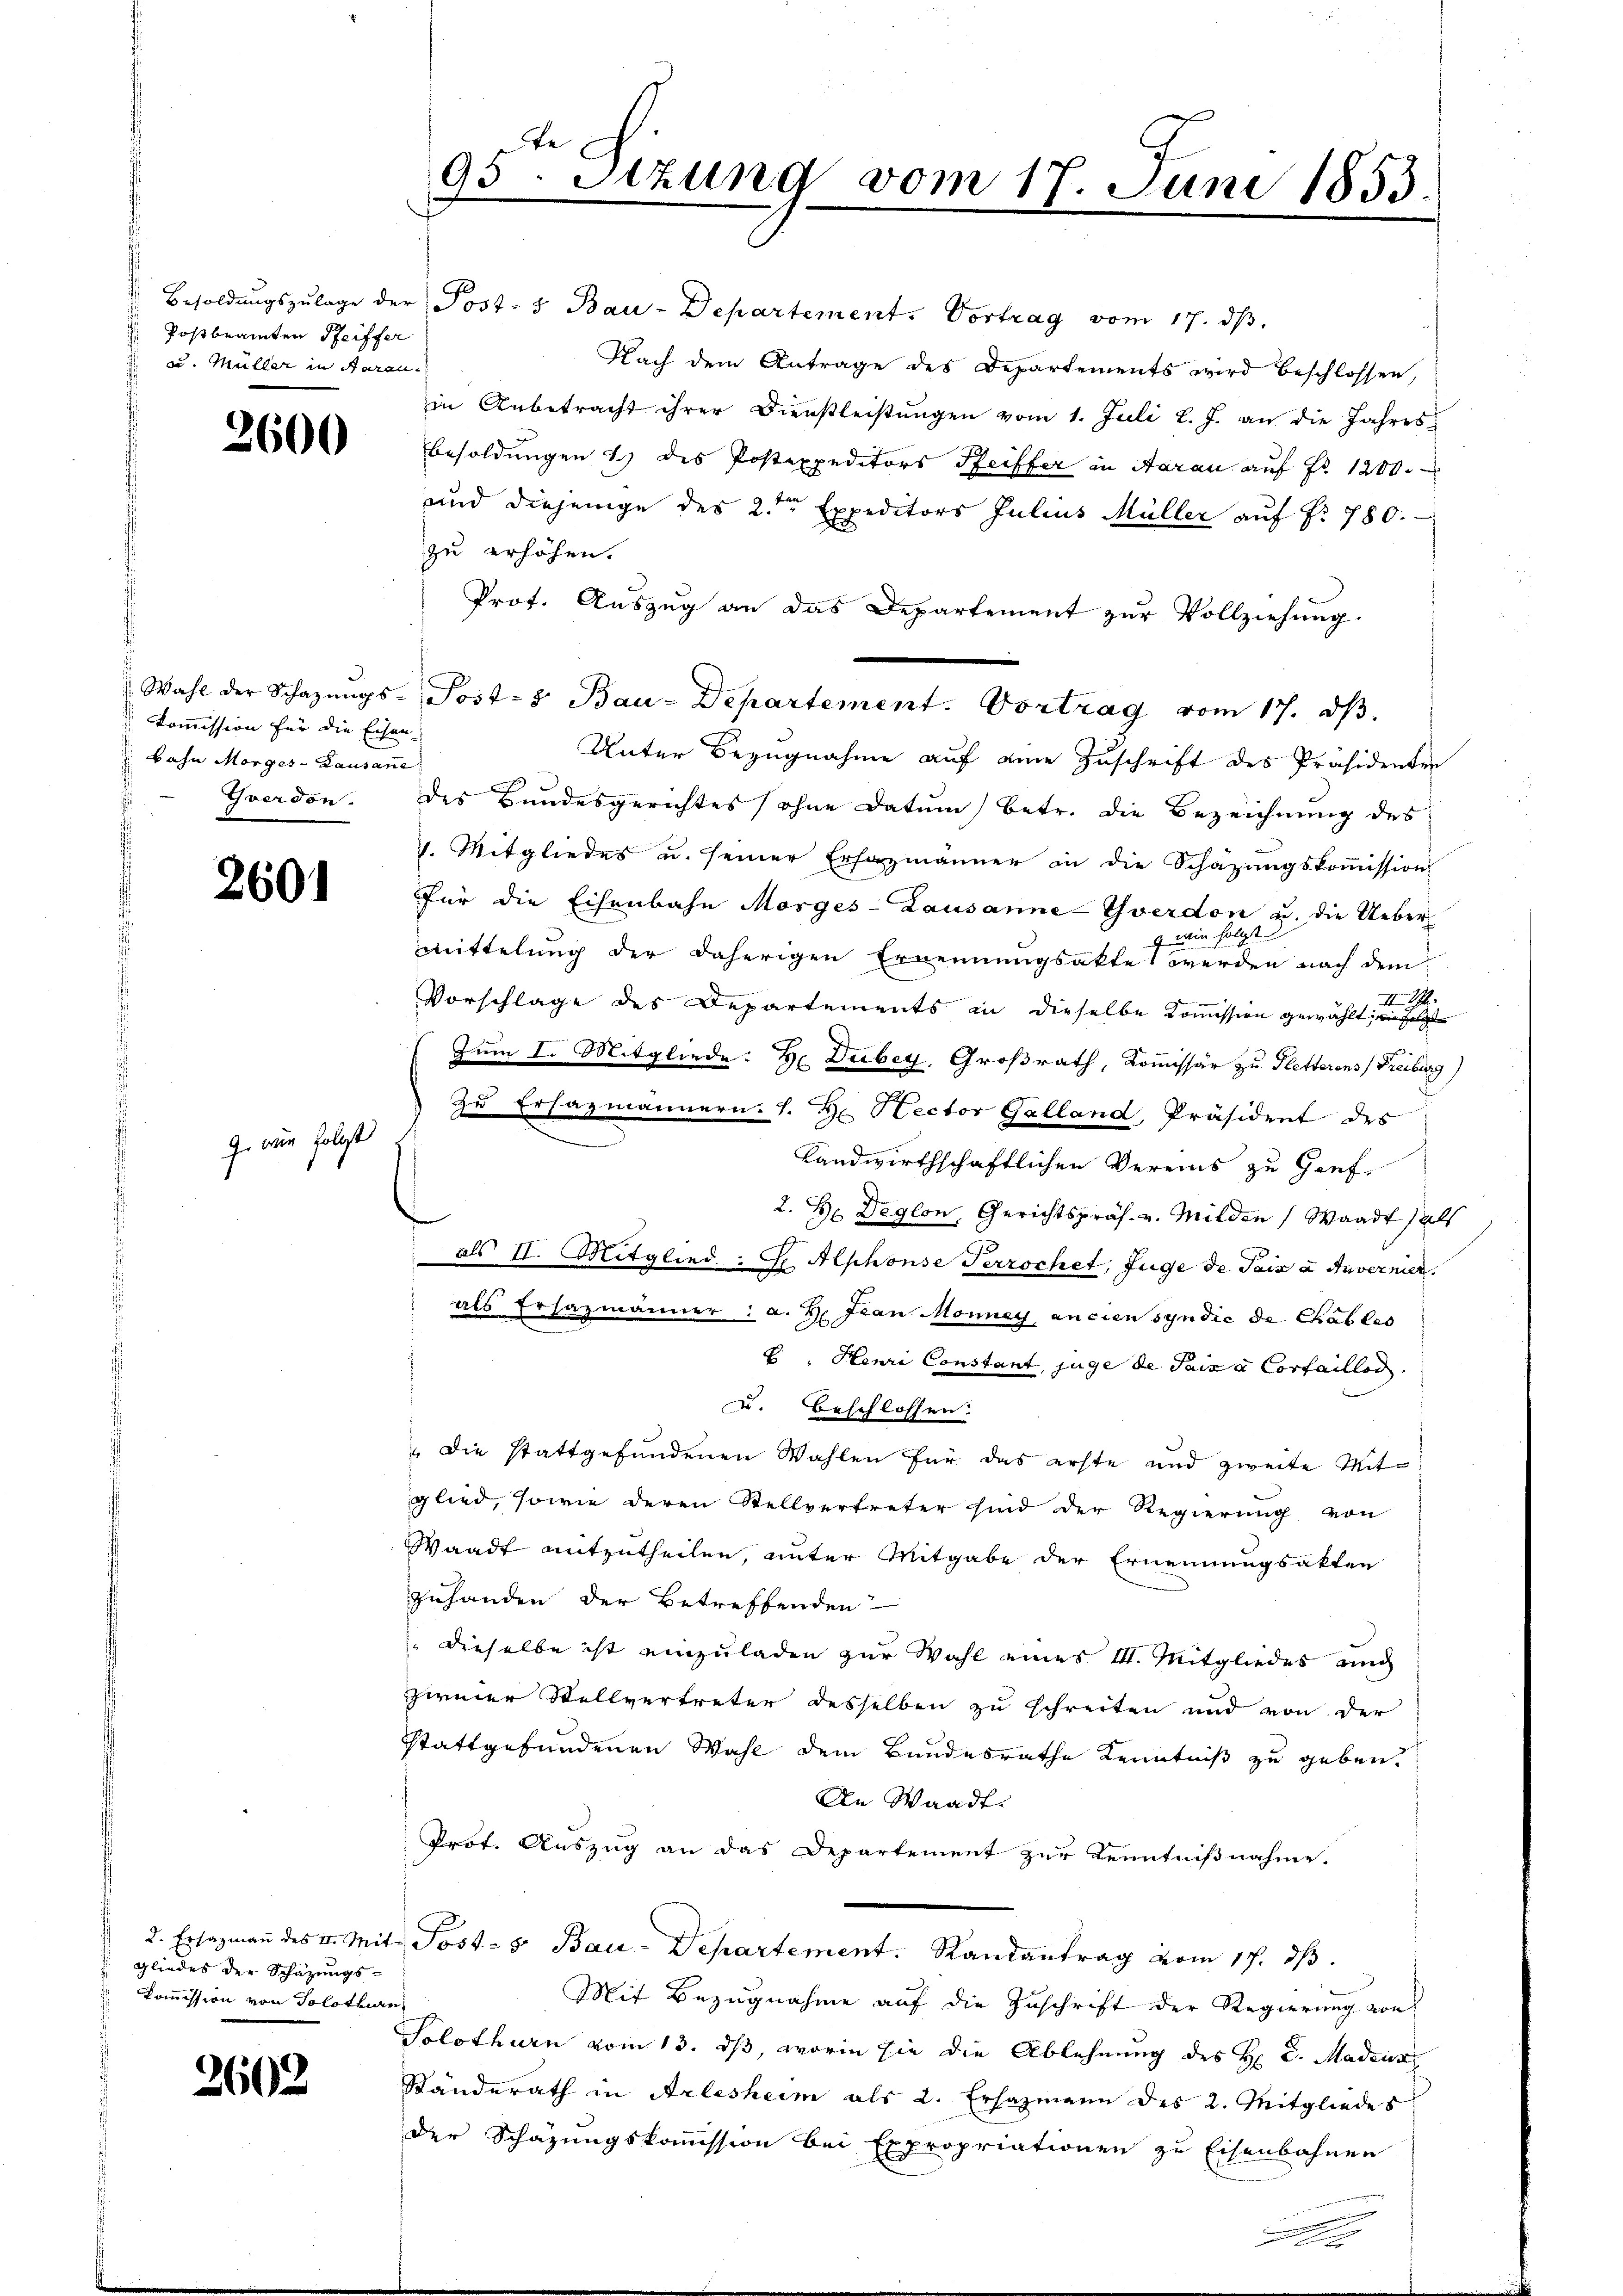
Postbeamten Seiffer
 u. Müller in Aarau

2600

kommission für die Eisen
 Bahn Morges - Lausane

2601

G. wie folgt

Gliedes der Schazungs-
Kommission von Solothurn

2602

" Besoldŭngszŭlage der Post- & Bau-Departement. Vortrag vom 17. dβ.
Nach dem Antrage des Departements wird beschlossen,
in Anbetracht ihrer Dienstleistŭngen vom 1. Juli l. J. an die Jahres
Besoldungen 1) des Postexpeditors Pfeiffer in Aarau auf Fr. 1200.
und diejenige des 2ten Expeditors Julius Müller auf Nr. 780.
zu erhöhen.
Prof. Aŭszŭg an das Departement zŭr Vollziehŭng.
Unter Bezugnahme auf eine Zuschrift des Präsidenten
Yverdon. des Bundesgerichtes (ohne Datum betr. die Bezeichnung des
1. Mitgliedes u. seiner Erhazmänner in die Schäzŭngskoṁission
für die Eisenbahn Morges - Lausanne-Yverdon u. die Ueber¬
9 wie folgt
mittelung der daherigen Ernennungsakte werden nach dem
III S.
Vorschläge des Departements in dieselbe Kommission gewählt, ein folgte
Zum I. Mitgliede: Hr. Duber, Großrath, Kommissär zu Kletterens (Freiburg)
Zu Ersazmännern. J. H. Rector Galland, Präsident des
landwirthschaftlichen Vereins zu Genf.
2. H: Deglon, Gerichtspräs. v. Milden Waadt als
als II. Mitglied: J Alphonse Terrochet, Juge de Sais à Anvermier
als Ersazmänner: a. H. Jean Monney, ancien syndic de Chables
E. Henri Constant, juge de Sais à Corfaillos.
u. Beschlossen.
" die stattgefundenen Wahlen für das erste und zweite Mitglied, sowie deren Stellvertreter sind der Regierŭng von
Waadt mitzutheilen, unter Mitgabe der Ernennungsakten
zuhanden der Betreffenden
 dieselbe ist einzuladen zur Wahl eines III. Mitgliedes und
zweier Stellvertreter desselben zu schreiten und von der
stattgefundenen Wahl dem Bundesrathe Kenntniß zu geben.
An Waadt.
Prot. Auszug an das Departement zur Kenntnißnahme.
2. Ersazmaṅ des v. Mit Post- 5. Bau-Departement. Randantrag vom 17. dβ.
Mit Bezugnahme auf die Zuschrift der Regierung von
Solothurn vom 13. ds, worin sie die Ablehnung des H. v. Madeus
Standerath in Arlesheim als 2. Ersatzmann des 2. Mitgliedes
Der Schazungskommission bei Expropriationen zu Eisenbahnen

95 Sizung vom 17. Juni 1853.

Wahl der Schazungs- Post- & Bau-Departement. Vortrag vom 17. dβ.